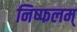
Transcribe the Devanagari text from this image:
निष्फलम्